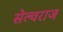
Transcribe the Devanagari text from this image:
सेल्वराज